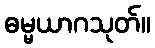
ဓမ္မယာဂသုတ်။